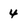
Character: 4